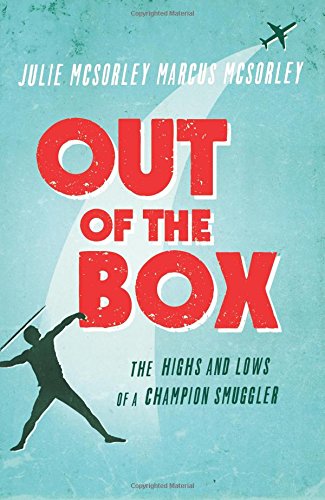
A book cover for Out of the Box: The Highs and Lows of a Champion Smuggler; Julie McSorley; Biographies & Memoirs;